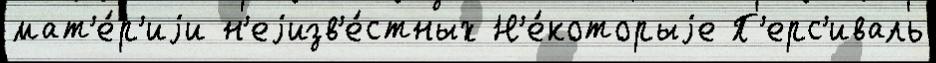
мат'е́р'иjи н'еjизв'е́стных Н'е́которыjе П'ерс'иваль